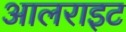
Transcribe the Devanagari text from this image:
आलराइट